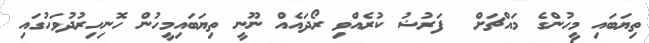
ތިޔަބައި މީހުންގެ މައްޗަށް  ފަރުޟު ކުރެއްވި ރޯދައެއް ނޫނީ ތިޔަބައިމީހުން ހޮނިހިރުދުވަހުގައި